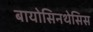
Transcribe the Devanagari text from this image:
बायोसिनथेसिस